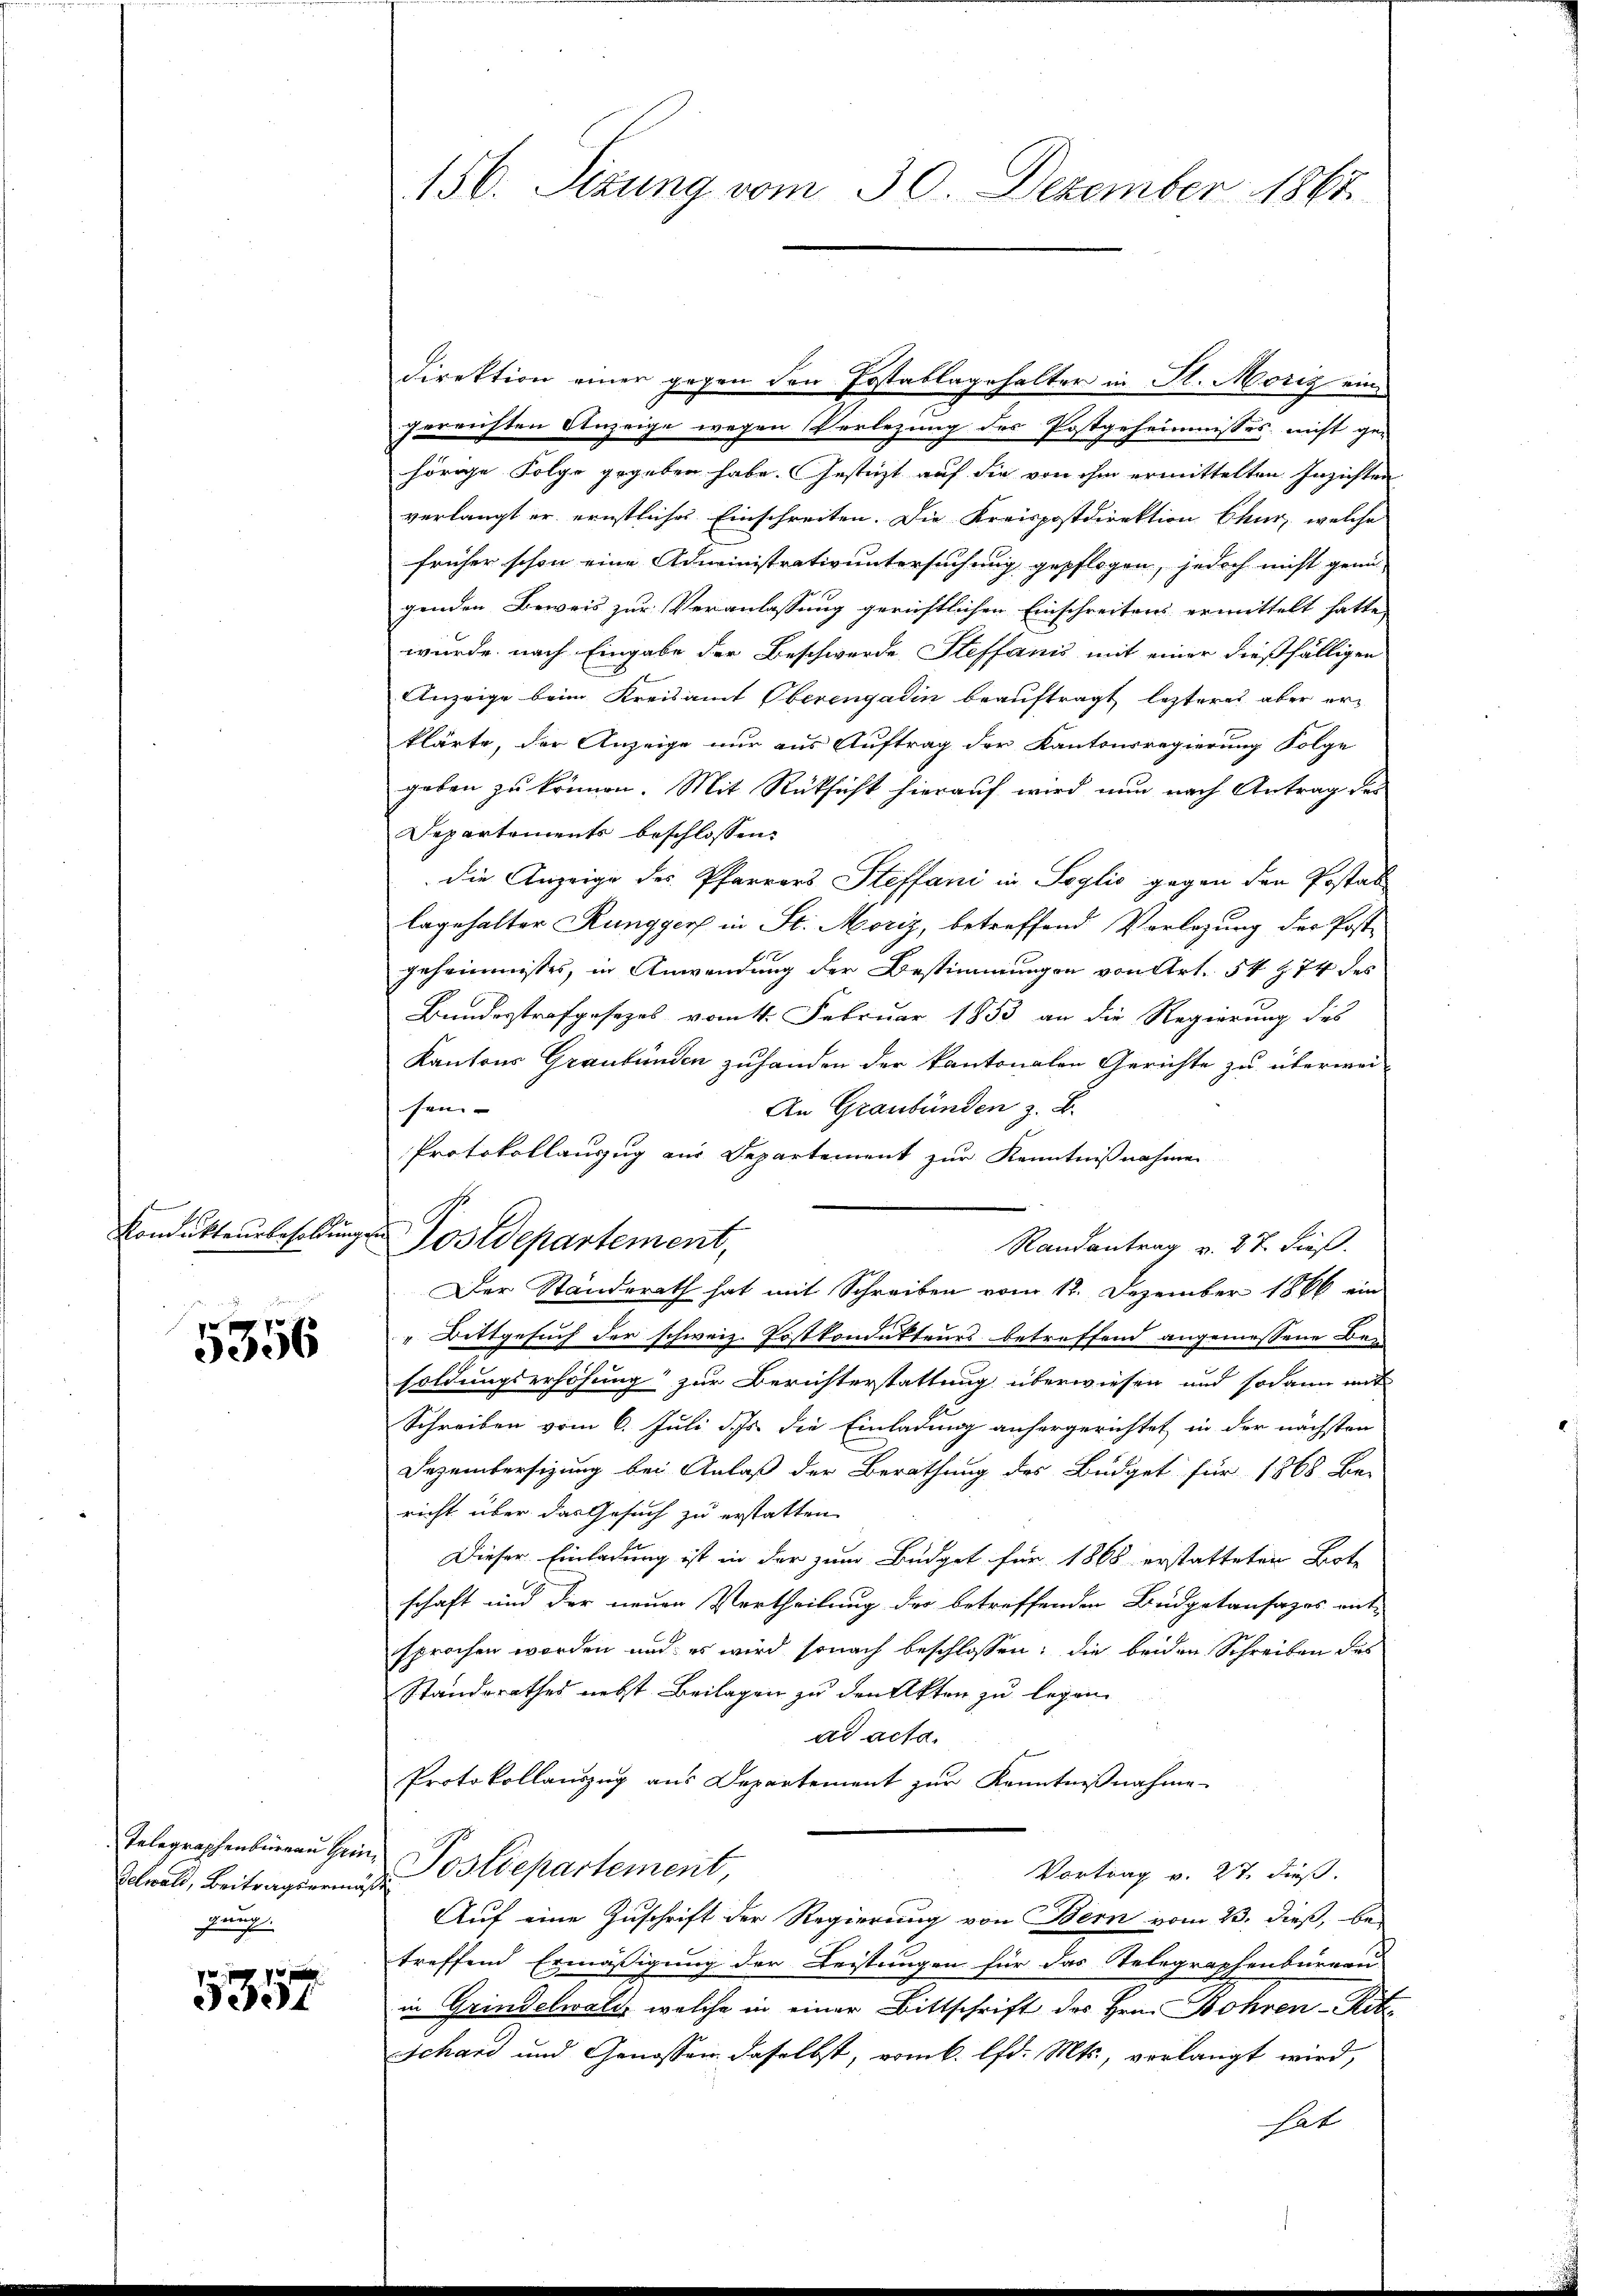
Kondukteur besoldung.

e
5356

Telegraphenbüreau Hein
Gelwald, Beitragserung
pag.

1
5331

156. Sizung vom 30. Dezember 1865.

Direktion einer gegen den Postablagehalter in St. Moriz eingereichten Anzeige wegen Verlegung des Postgeheimisses, nicht ge-
hörige Folge gegeben habe. Gesteht auf die von ihm ermittelten Inzichten
verlangt er ernstliches Einschreiten. Die Kreispostdirektion Chur, welche
früher schon eine Administrativuntersuchung gepflogen, jedoch nicht genü-
genden Beweis zur Veranlassung gerichtlichen Einschreitens ermittelt hatte,
wurde nach Eingabe der Beschwerde Steffanis mit einer dießfälligen
Anzeige beim Kreisamt Oberengadin beauftragt, letzteres aber erklärte, der Anzeige nur aus Auftrag der Kantonsregierung Folge
geben zu können. Mit Rücksicht hierauf wird nun nach Antrag der
Departements beschlossen:
Die Anzeige des Pfarrers Steffani in Soglio gegen den Postat
lagehalter Rungger in St. Moriz, betreffend Vorlegung der Post-
geheimnisses, in Anwendung der Bestimmungen von Art. 54 § 74 des
Bundesstrafgesezes vom 4. Februar 1853 an die Regierung des
Kantons Graubünden zuhanden der kantonalen Gerichte zu überwei-
An Graubünden z. B.
sen- |
Protokollauszug aus Departement zur Kenntnißnahmen
Postdepartement,
Randantrag v. 27. dieß.
Der Standerath hat mit Schreiben vom 12. Dezember 1866 ein
" Bittgesuch der schweiz. Postkondukteurs betreffend angemessene Be-
soldungserhöhung zur Berichterstattung überwiesen und sodann mit
Schreiben vom 6. Juli d. Js. die Einladung anhergerichtet in der nächsten
Dezembersizung bei Anlaß der Berathung des Büdget für 1868 Be-
richt über das Gesuch zu erstatten.
Dieser Einladung ist in der zum Büdget für 1868 erstatteten Bote
schaft und der neuen Vertheilung der betreffenden Büdgetansazos ent-
sprochen worden und es wird sonach beschlossen; die beiden Schreiben das
Standsrathes nebst Beilagen zu den Akten zu legen.
ad acta.
Protokollauszug aus Departement zur Kenntnißnahme
PPostdepartement,
Vortrag v. 27. dieß.
f
Auf eine Zuschrift der Regierung von Bern vom 23. dieß, be-
treffend Ermäßigung der Leistungen für das Telegraphenbureau
in Grindelwald, welche in einer Bittschrift des Hrn. Bohren Rit
sschard und Genossen daselbst, vom 6. lfd. Mts., verlangt wird,
hat